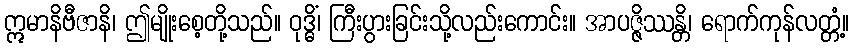
ဣမာနိဗီဇာနိ၊ ဤမျိုးစေ့တို့သည်။ ဝုဒ္ဓိံ၊ ကြီးပွားခြင်းသို့လည်းကောင်း။ အာပဇ္ဇိဿန္တိ၊ ရောက်ကုန်လတ္တံ့။